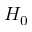
H _ { 0 }